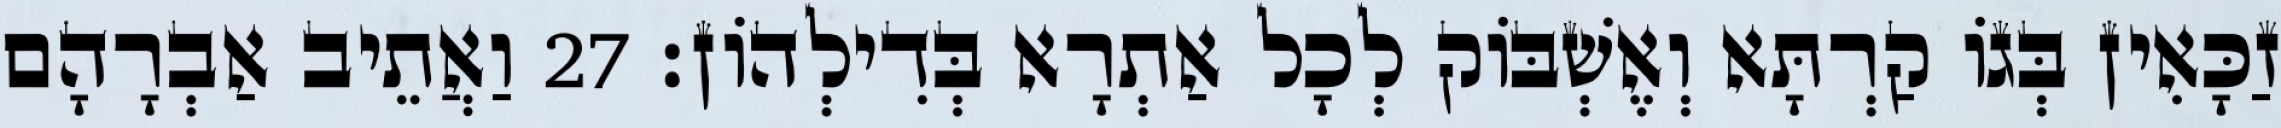
זַכָּאִין בְּגוֹ קַרְתָּא וְאֶשְׁבּוֹק לְכָל אַתְרָא בְּדִילְהוֹן׃ 27 וַאֲתֵיב אַבְרָהָם